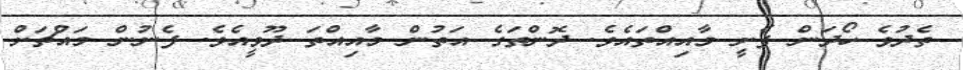
ތެދުވެ ހޯދަން ފެށީ މާއިއްތައެވެ. ދޮންތަގެ އަތުން މާއިއްތަ ދޫވީއެވެ. ފެނުން މައްޗަށް